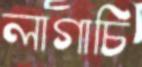
লাগাচি